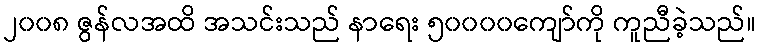
၂၀၀၈ ဇွန်လအထိ အသင်းသည် နာရေး ၅၀၀၀၀ကျော်ကို ကူညီခဲ့သည်။